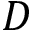
D